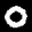
Label: 0